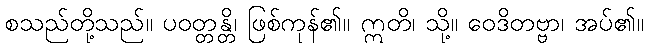
စသည်တို့သည်။ ပဝတ္တန္တိ၊ ဖြစ်ကုန်၏။ ဣတိ၊ သို့။ ဝေဒိတဗ္ဗာ၊ အပ်၏။